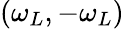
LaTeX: (\omega_{L},-\omega_{L})